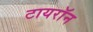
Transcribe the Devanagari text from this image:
टायराॅन